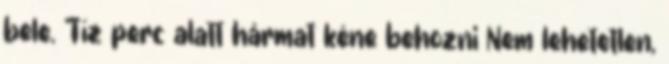
bele. Tíz perc alatt hármat kéne behozni Nem lehetetlen,